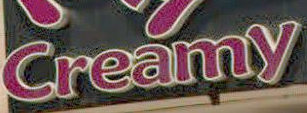
Creatiny